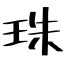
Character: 珠